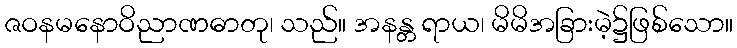
ဇဝနမနောဝိညာဏဓာတု၊ သည်။ အနန္တ ရာယ၊ မိမိအခြားမဲ့၌ဖြစ်သော။